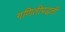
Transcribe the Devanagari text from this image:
गणितीपद्धती